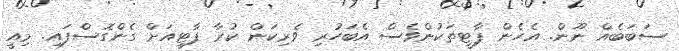
ސަބަބެއް ނޫން. އެހެން ޕާޓީތަކުންވެސް އެބަހުރި ވެރިކަން ކުރާ ޕާޓީއަށް ގެންގޮސްފައި. މިއީ